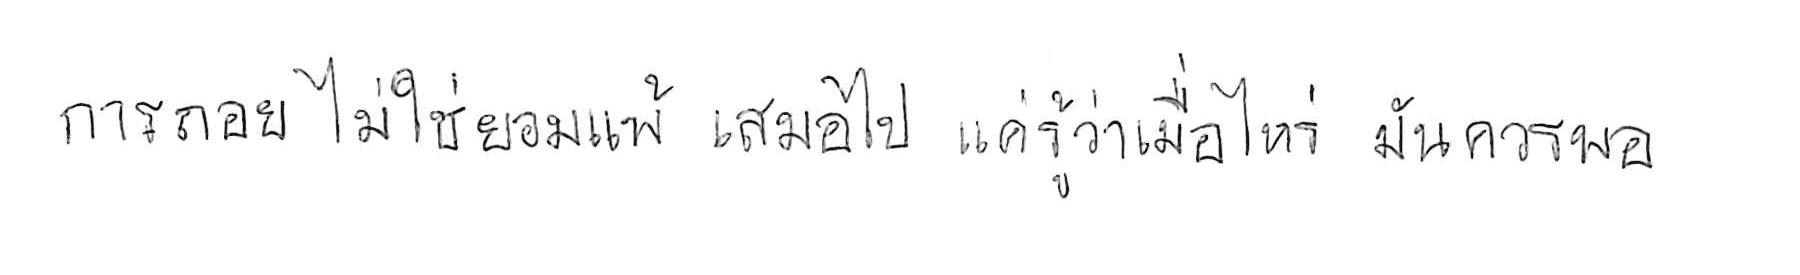
การถอย ไม่ใช่ยอมแพ้ เสมอไป แค่รู้ว่าเมื่อไหร่ มันควรพอ